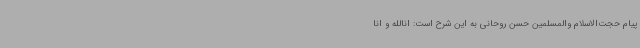
پیام حجت‌الاسلام والمسلمین حسن روحانی به این شرح است: انالله و انا